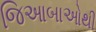
જિઆબાઓથી